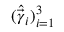
( \widehat { \vec { \gamma } } _ { i } ) _ { i = 1 } ^ { 3 }